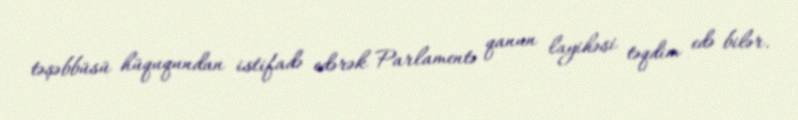
təşəbbüsü hüququndan istifadə edərək Parlamentə qanun layihəsi təqdim edə bilər.